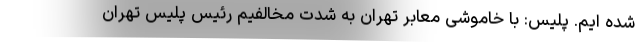
شده ایم. پلیس: با خاموشی معابر تهران به شدت مخالفیم رئیس پلیس تهران